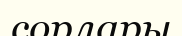
сорлары